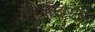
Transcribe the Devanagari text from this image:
विद्युतउष्मीय